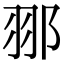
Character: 䣁